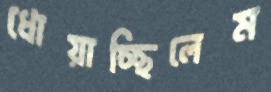
ধোয়াচ্ছিলেম